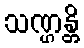
သဏ္ဌန္တိ